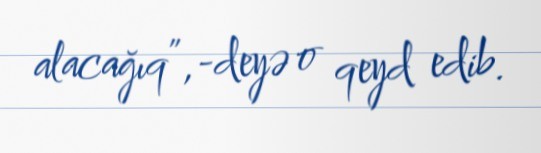
alacağıq”,-deyə o qeyd edib.